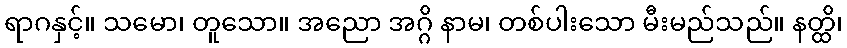
ရာဂနှင့်။ သမော၊ တူသော။ အညော အဂ္ဂိ နာမ၊ တစ်ပါးသော မီးမည်သည်။ နတ္ထိ၊